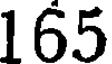
165